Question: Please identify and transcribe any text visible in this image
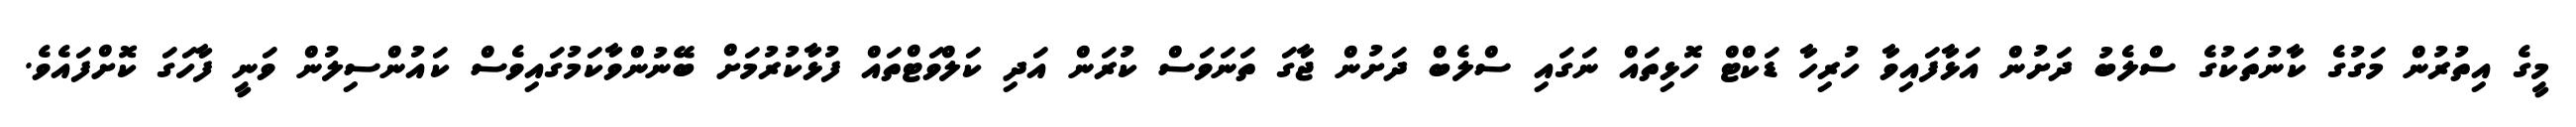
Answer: މީގެ އިތުރުން މަގުގެ ކާނުތަކުގެ ސްލެބު ދަށުން އަޅާފައިވާ ހުރިހާ ޑަކްޓް ހޮޅިތައް ނަގައި ސްލެބް ދަށުން ޖާގަ ތަނަވަސް ކުރަން އަދި ކަލްވަޓްތައް ފުޅާކުރުމަށް ބޭނުންވާކަމުގައިވެސް ކައުންސިލުން ވަނީ ފާހަގަ ކޮށްފައެވެ.